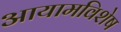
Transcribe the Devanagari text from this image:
आयामविशेष